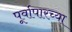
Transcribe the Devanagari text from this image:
पूर्वापारच्या